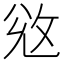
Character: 𢼠